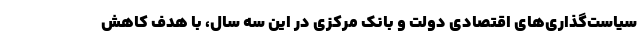
سیاست‌گذاری‌های اقتصادی دولت و بانک مرکزی در این سه سال، با هدف کاهش